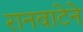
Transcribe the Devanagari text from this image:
रानवाटेने